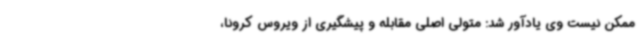
ممکن نیست وی یادآور شد: متولی اصلی مقابله و پیشگیری از ویروس کرونا،